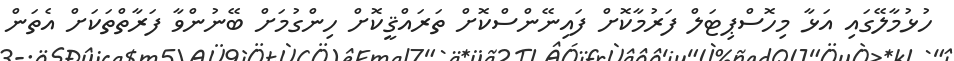
ހުޅުމާލޭގައި އަޅާ މިހޮސްޕިޓަލް ފަރުމާކޮށް ފައިނޭންސްކޮށް ތަރައްޤީކޮށް ހިންގުމަށް ބޭނުންވާ ފަރާތްތަކަށް އެތަން